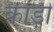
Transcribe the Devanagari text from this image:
काड़ी